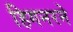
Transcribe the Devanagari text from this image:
हिगनरने